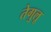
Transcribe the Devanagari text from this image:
तेगुलू